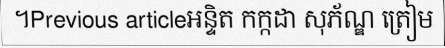
។Previous articleអន្ទិត កក្កដា សុភ័ណ្ឌ ត្រៀម